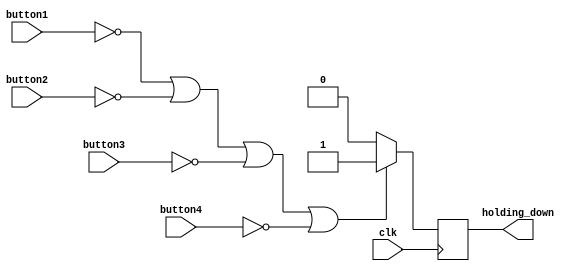
module button_being_pressed(
input clk,
input button1,
input button2,
input button3,
input button4,
output reg holding_down
);



always@(posedge clk)
	begin
		if (button1 == 1'b0 | button2 == 1'b0 | button3 == 1'b0 | button4 == 1'b0)
			holding_down = 1'b1;
		else
			holding_down = 1'b0;
	end
	
endmodule